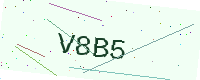
Text: V8B5